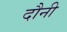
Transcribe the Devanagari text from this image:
दौनी